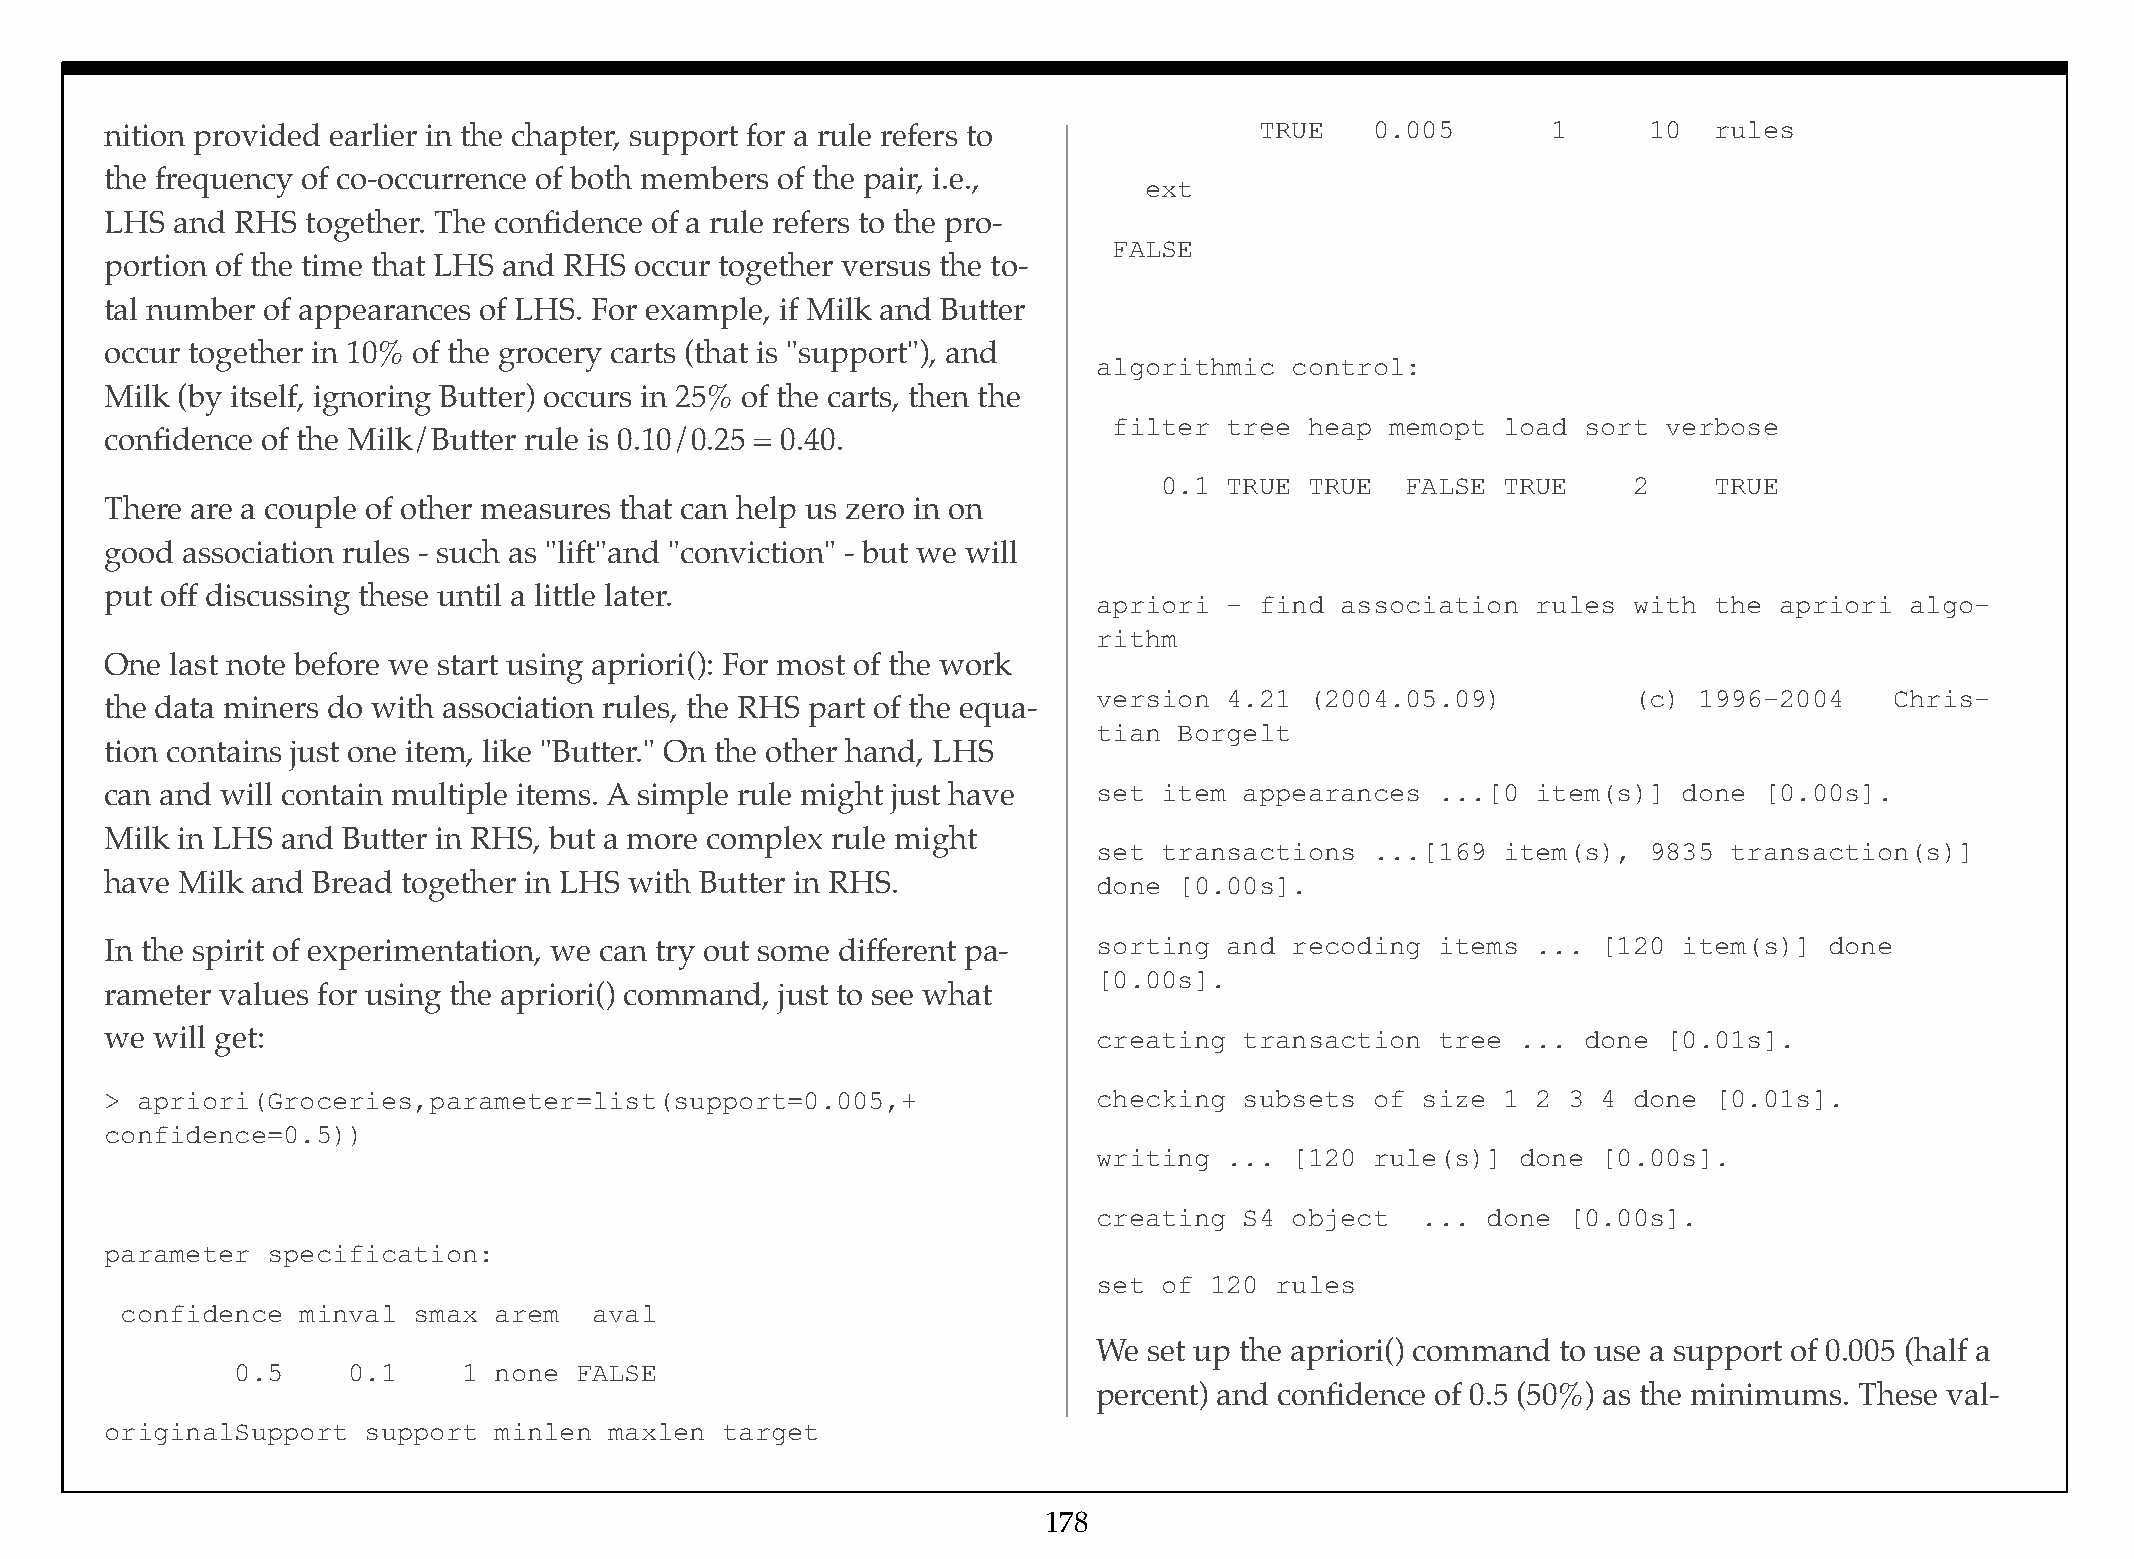
nition provided earlier in the chapter, support for a rule refers to        TRUE    0.005       1     10  rules
 the frequency of co-occurrence of both members of the pair, i.e.,
 ext
 LHS and  RHS together. The confidence of a rule refers to the pro-
 FALSE
 portion of the time that LHS and RHS occur together versus the to-
 tal number of appearances of LHS. For example, if Milk and Butter
 occur together in 10% of the grocery carts (that is "support"), and
 algorithmic control:
 Milk (by itself, ignoring Butter) occurs in 25% of the carts, then the
 filter tree  heap memopt load  sort verbose
 confidence of the Milk/Butter rule is 0.10/0.25 = 0.40.
 0.1 TRUE  TRUE  FALSE TRUE     2    TRUE
 There are a couple of other measures that can help us zero in on
 good association rules - such as "lift"and "conviction" - but we will
 put off discussing these until a little later.
 apriori - find  association  rules with the  apriori algo-
 rithm
 One last note before we start using apriori(): For most of the work
 version 4.21  (2004.05.09)         (c) 1996-2004    Chris-
 the data miners do with association rules, the RHS part of the equa-
 tian Borgelt
 tion contains just one item, like "Butter." On the other hand, LHS
 can and will contain multiple items. A simple rule might just have set item appearances ...[0  item(s)] done  [0.00s].
 Milk in LHS and Butter in RHS, but a more complex rule might
 set transactions  ...[169 item(s),  9835  transaction(s)]
 have Milk and Bread together in LHS with Butter in RHS.           done [0.00s].
 In the spirit of experimentation, we can try out some different pa- sorting and recoding items ... [120 item(s)]  done
 [0.00s].
 rameter values for using the apriori() command, just to see what
 we will get:                                                      creating transaction  tree  ... done [0.01s].
 > apriori(Groceries,parameter=list(support=0.005,+                checking subsets  of size 1  2 3 4 done [0.01s].
 confidence=0.5))
 writing ... [120  rule(s)]  done [0.00s].
 creating S4 object   ... done  [0.00s].
 parameter  specification:
 set of 120 rules
 confidence  minval smax  arem  aval
 We set up the apriori() command to use a support of 0.005 (half a
 0.5    0.1     1 none FALSE
 percent) and confidence of 0.5 (50%) as the minimums. These val-
 originalSupport  support  minlen maxlen  target
 178